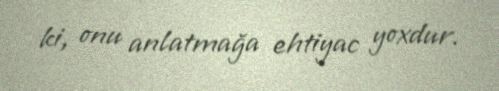
ki, onu anlatmağa ehtiyac yoxdur.